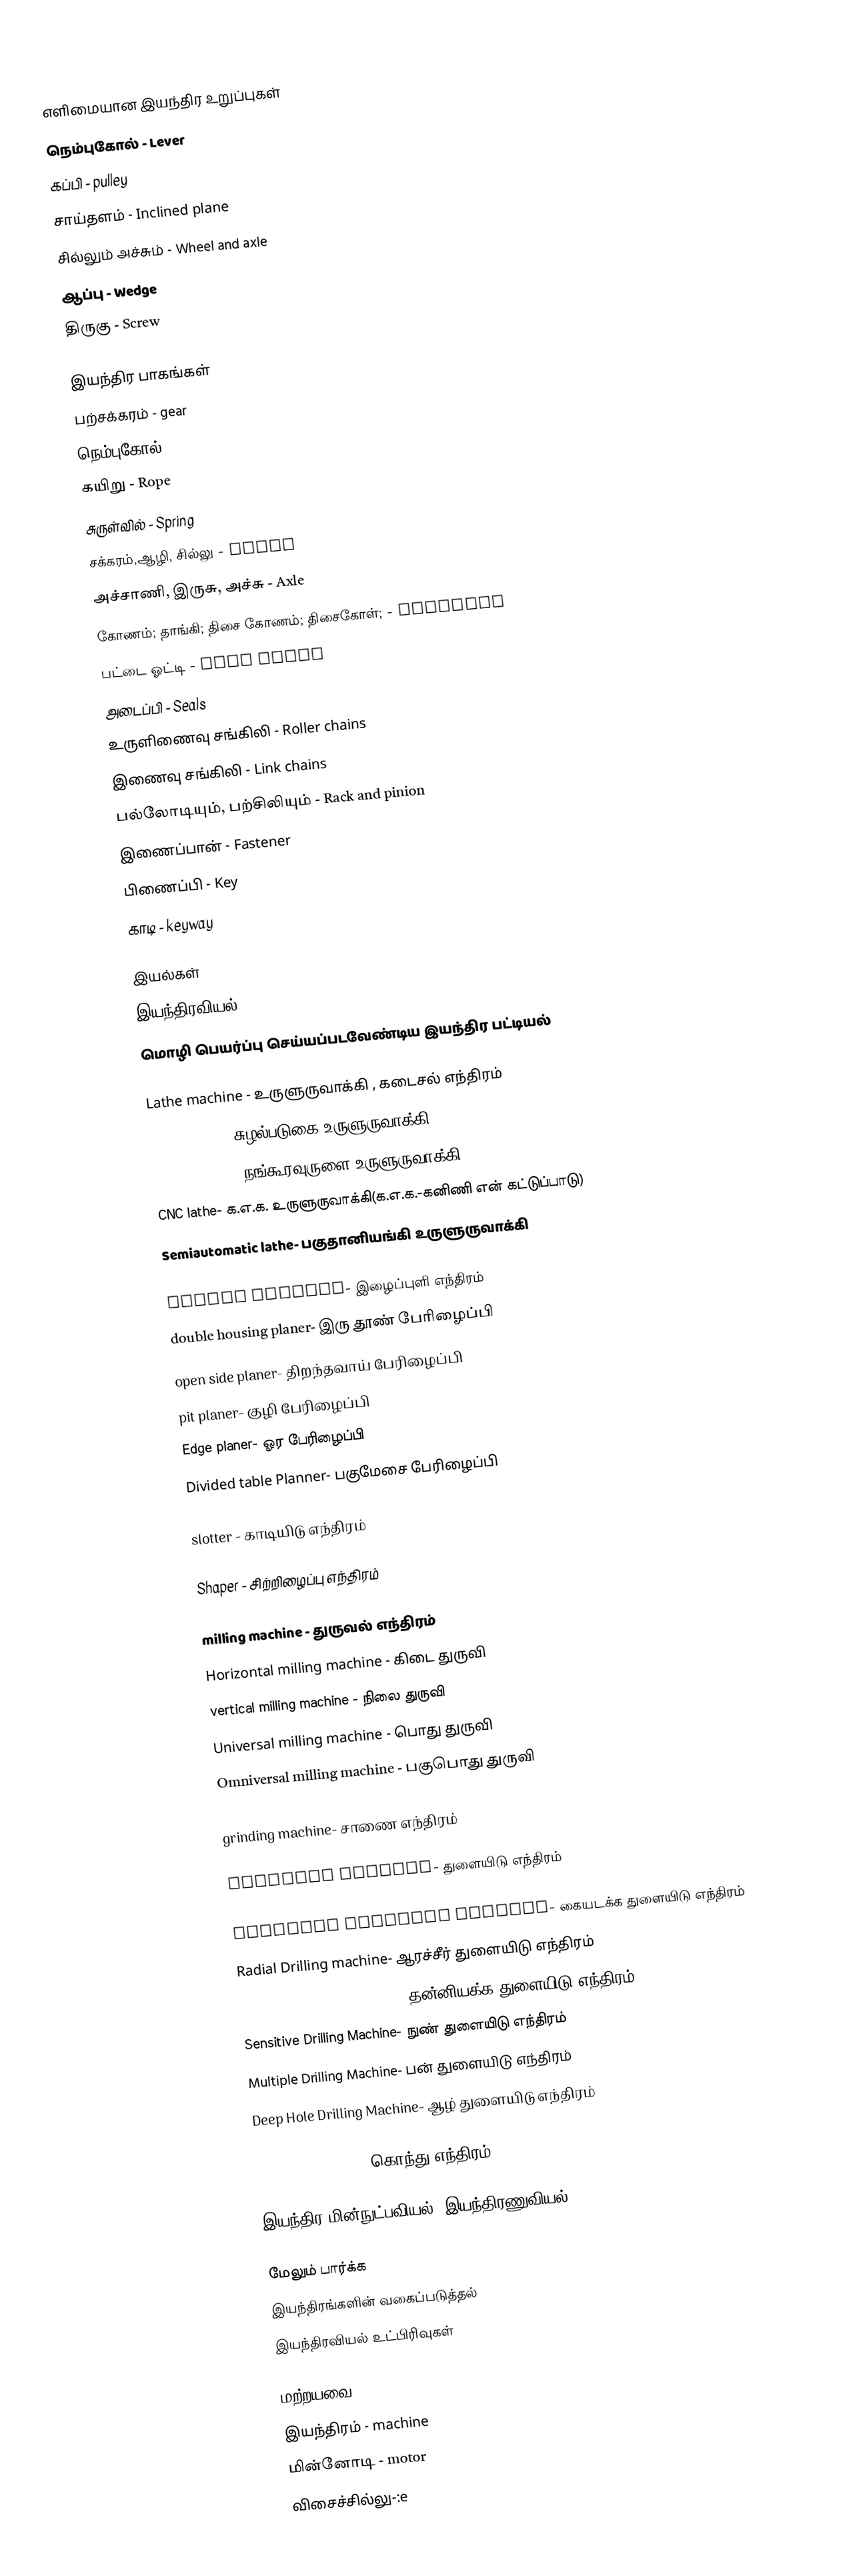

எளிமையான இயந்திர உறுப்புகள்
 நெம்புகோல் - Lever
 கப்பி - pulley
 சாய்தளம் - Inclined plane
 சில்லும் அச்சும் - Wheel and axle
 ஆப்பு - Wedge
 திருகு - Screw

இயந்திர பாகங்கள்
 பற்சக்கரம் - gear
 நெம்புகோல் - Lever
 கயிறு - Rope
 சுருள்வில் - Spring
 சக்கரம்,ஆழி, சில்லு - Wheel
 அச்சாணி, இருசு, அச்சு - Axle
 கோணம்; தாங்கி; திசை கோணம்; திசைகோள்; - Bearings
 பட்டை ஓட்டி - Belt drive
 அடைப்பி - Seals
 உருளிணைவு சங்கிலி - Roller chains
 இணைவு சங்கிலி - Link chains
 பல்லோடியும், பற்சிலியும் - Rack and pinion
 இணைப்பான் - Fastener
 பிணைப்பி - Key
 காடி - keyway

இயல்கள்
 இயந்திரவியல் - mechanics
மொழி பெயர்ப்பு செய்யப்படவேண்டிய இயந்திர பட்டியல்

Lathe machine - உருளுருவாக்கி , கடைசல் எந்திரம்
 Turret lathe- சுழல்படுகை உருளுருவாக்கி
 Capstan lathe- நங்கூரவுருளை உருளுருவாக்கி
 CNC lathe- க.எ.க. உருளுருவாக்கி(க.எ.க.-கனிணி என் கட்டுப்பாடு)
 Semiautomatic lathe- பகுதானியங்கி உருளுருவாக்கி

planer machine- இழைப்புளி எந்திரம்
 double housing planer- இரு தூண் பேரிழைப்பி
 open side planer- திறந்தவாய் பேரிழைப்பி
 pit planer- குழி பேரிழைப்பி
 Edge planer- ஓர பேரிழைப்பி
 Divided table Planner- பகுமேசை பேரிழைப்பி

slotter - காடியிடு எந்திரம்

Shaper - சிற்றிழைப்பு எந்திரம்

milling machine - துருவல் எந்திரம்
 Horizontal milling machine - கிடை துருவி
 vertical milling machine - நிலை துருவி
 Universal milling machine - பொது துருவி
 Omniversal milling machine - பகுபொது துருவி

grinding machine- சாணை எந்திரம்

Drilling machine- துளையிடு எந்திரம்

 Portable drilling machine- கையடக்க துளையிடு எந்திரம்
 Radial Drilling machine- ஆரச்சீர் துளையிடு எந்திரம்
 Automatic Drilling Machine- தன்னியக்க துளையிடு எந்திரம்
 Sensitive Drilling Machine- நுண் துளையிடு எந்திரம்
 Multiple Drilling Machine- பன் துளையிடு எந்திரம்
 Deep Hole Drilling Machine- ஆழ் துளையிடு எந்திரம்

broaching machine- கொந்து எந்திரம்

 இயந்திர மின்நுட்பவியல், இயந்திரணுவியல் - mechatronics

மேலும் பார்க்க
 இயந்திரங்களின் வகைப்படுத்தல்
 இயந்திரவியல் உட்பிரிவுகள்

மற்றயவை
 இயந்திரம் - machine
 மின்னோடி - motor
 விசைச்சில்லு-:e